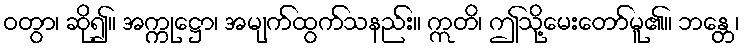
ဝတွာ၊ ဆို၍။ အက္ကုဋ္ဌော၊ အမျက်ထွက်သနည်း။ ဣတိ၊ ဤသို့မေးတော်မူ၏။ ဘန္တေ၊